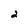
Character: 2